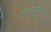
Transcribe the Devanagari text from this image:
सत्यांचा